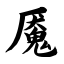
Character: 魇